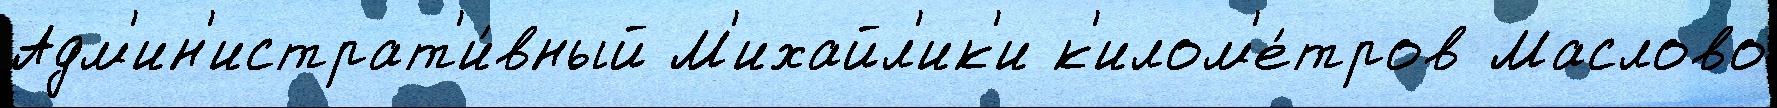
Адм'ин'истрат'и́вный М'ихайл'ик'и к'илом'е́тров Маслово